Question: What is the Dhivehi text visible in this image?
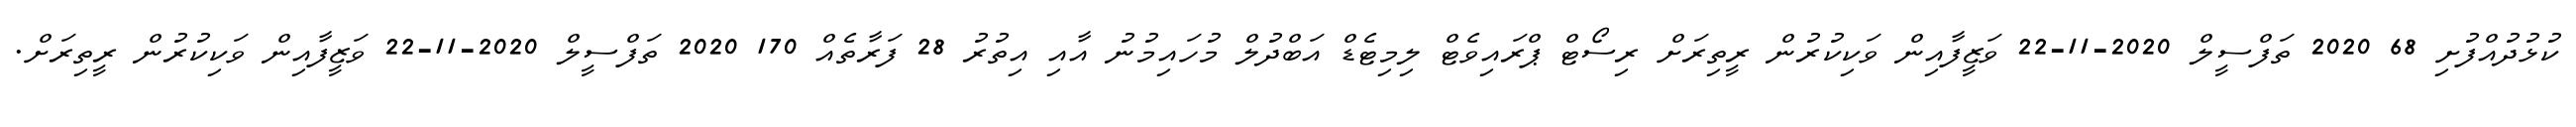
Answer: ކުޅުދުއްފުށި 68 2020 ތަފްސީލް 2020-11-22 ވަޒީފާއިން ވަކިކުރުން ރީތިރަށް ރިސޯޓް ޕްރައިވެޓް ލިމިޓެޑް އަބްދުލް މުހައިމުނު އާއި އިތުރު 28 ފަރާތެއް 170 2020 ތަފްސީލް 2020-11-22 ވަޒީފާއިން ވަކިކުރުން ރީތިރަށް.